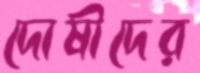
দোষীদের